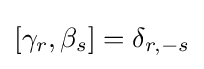
[\gamma _{r},\beta _{s}]=\delta _{r,-s}